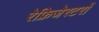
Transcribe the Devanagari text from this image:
रेफ्रिजेरटरों